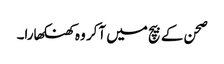
صحن کے بیچ میں آکر وہ کھنکھارا۔